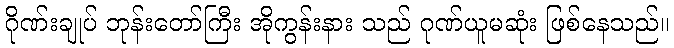
ဂိုဏ်းချုပ် ဘုန်းတော်ကြီး အိုကွန်းနား သည် ဂုဏ်ယူမဆုံး ဖြစ်နေသည်။